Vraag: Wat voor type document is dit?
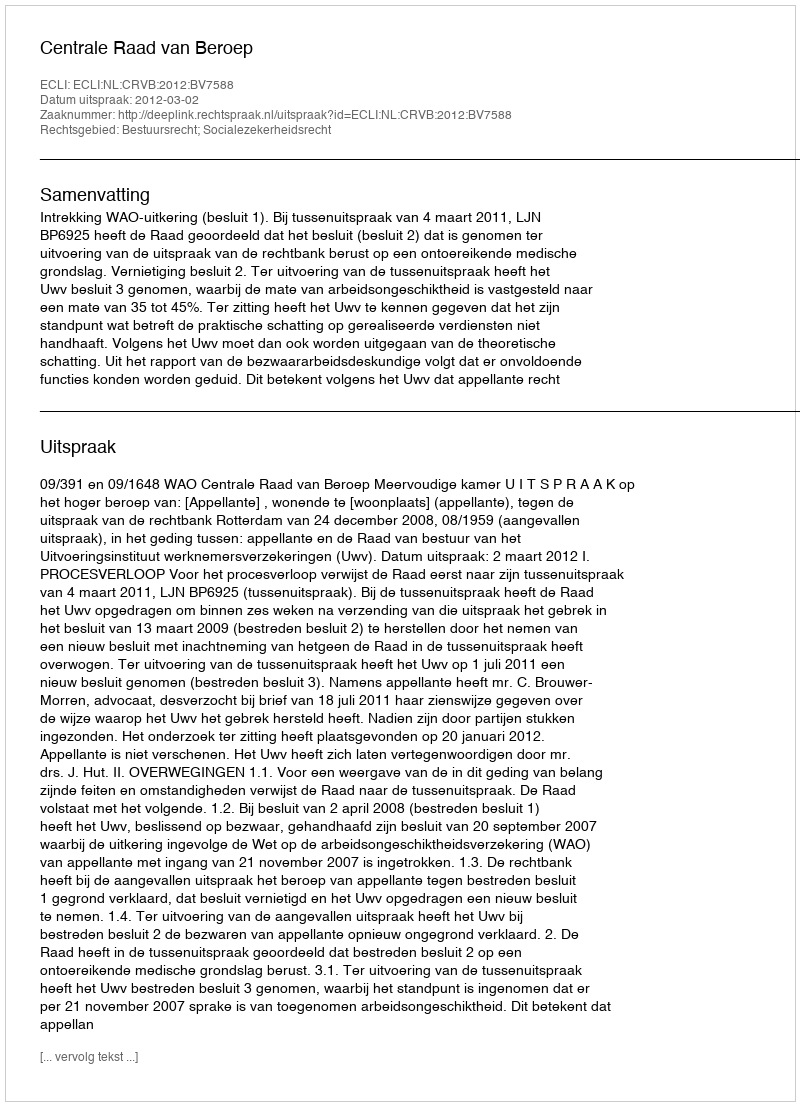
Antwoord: Uitspraak